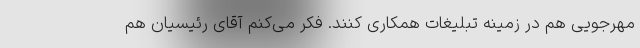
مهرجویی هم در زمینه تبلیغات همکاری کنند. فکر می‌کنم آقای رئیسیان هم